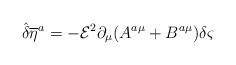
LaTeX: \begin{align*}{\hat{\delta}} {{\overline{\eta}} ^{a}}=-{\mathcal{E}}^{2}\partial _{\mu }(A^{a\mu }+B^{a\mu })\delta \varsigma\end{align*}